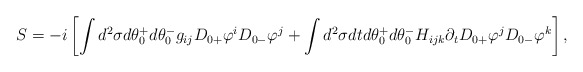
\begin{align*}S= -i \left[ \int d^2 \sigma d\theta_0^+ d\theta_0^- g_{ij} D_{0+}\varphi^i D_{0-}\varphi^j + \int d^2 \sigma dt d\theta_0^+ d\theta_0^-H_{ijk} \partial_t D_{0+}\varphi^j D_{0-}\varphi^k \right] ,\end{align*}